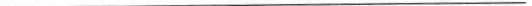
___